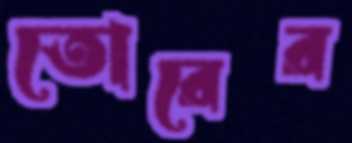
তোরের